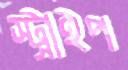
স্ট্রাইপ